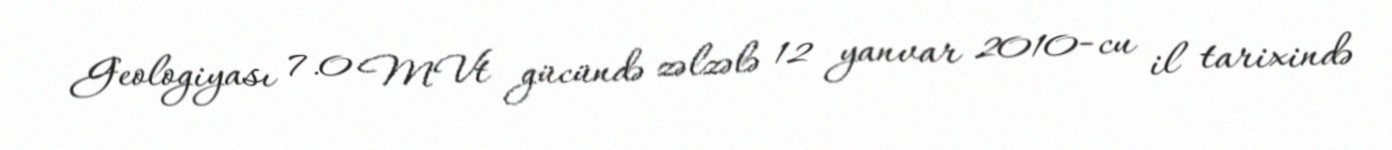
Geologiyası 7.0 MVt gücündə zəlzələ 12 yanvar 2010−cu il tarixində